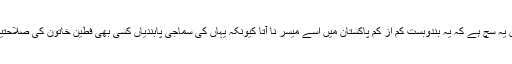
کوئی تسلیم کرے یا نا کرے لیکن یہ سچ ہے کہ یہ بندوبست کم از کم پاکستان میں اسے میسر نا آتا کیونکہ یہاں کی سماجی پابندیاں کسی بھی فطین خاتون کی صلاحتیوں کو نگلنے کے لیے کافی ہیں۔